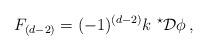
LaTeX: \begin{align*}F_{(d-2)} = (-1)^{(d-2)} k\ {}^{\star}{\cal D}\phi\, ,\end{align*}